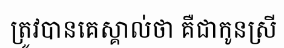
ត្រូវបានគេស្គាល់ថា គឺជាកូនស្រី